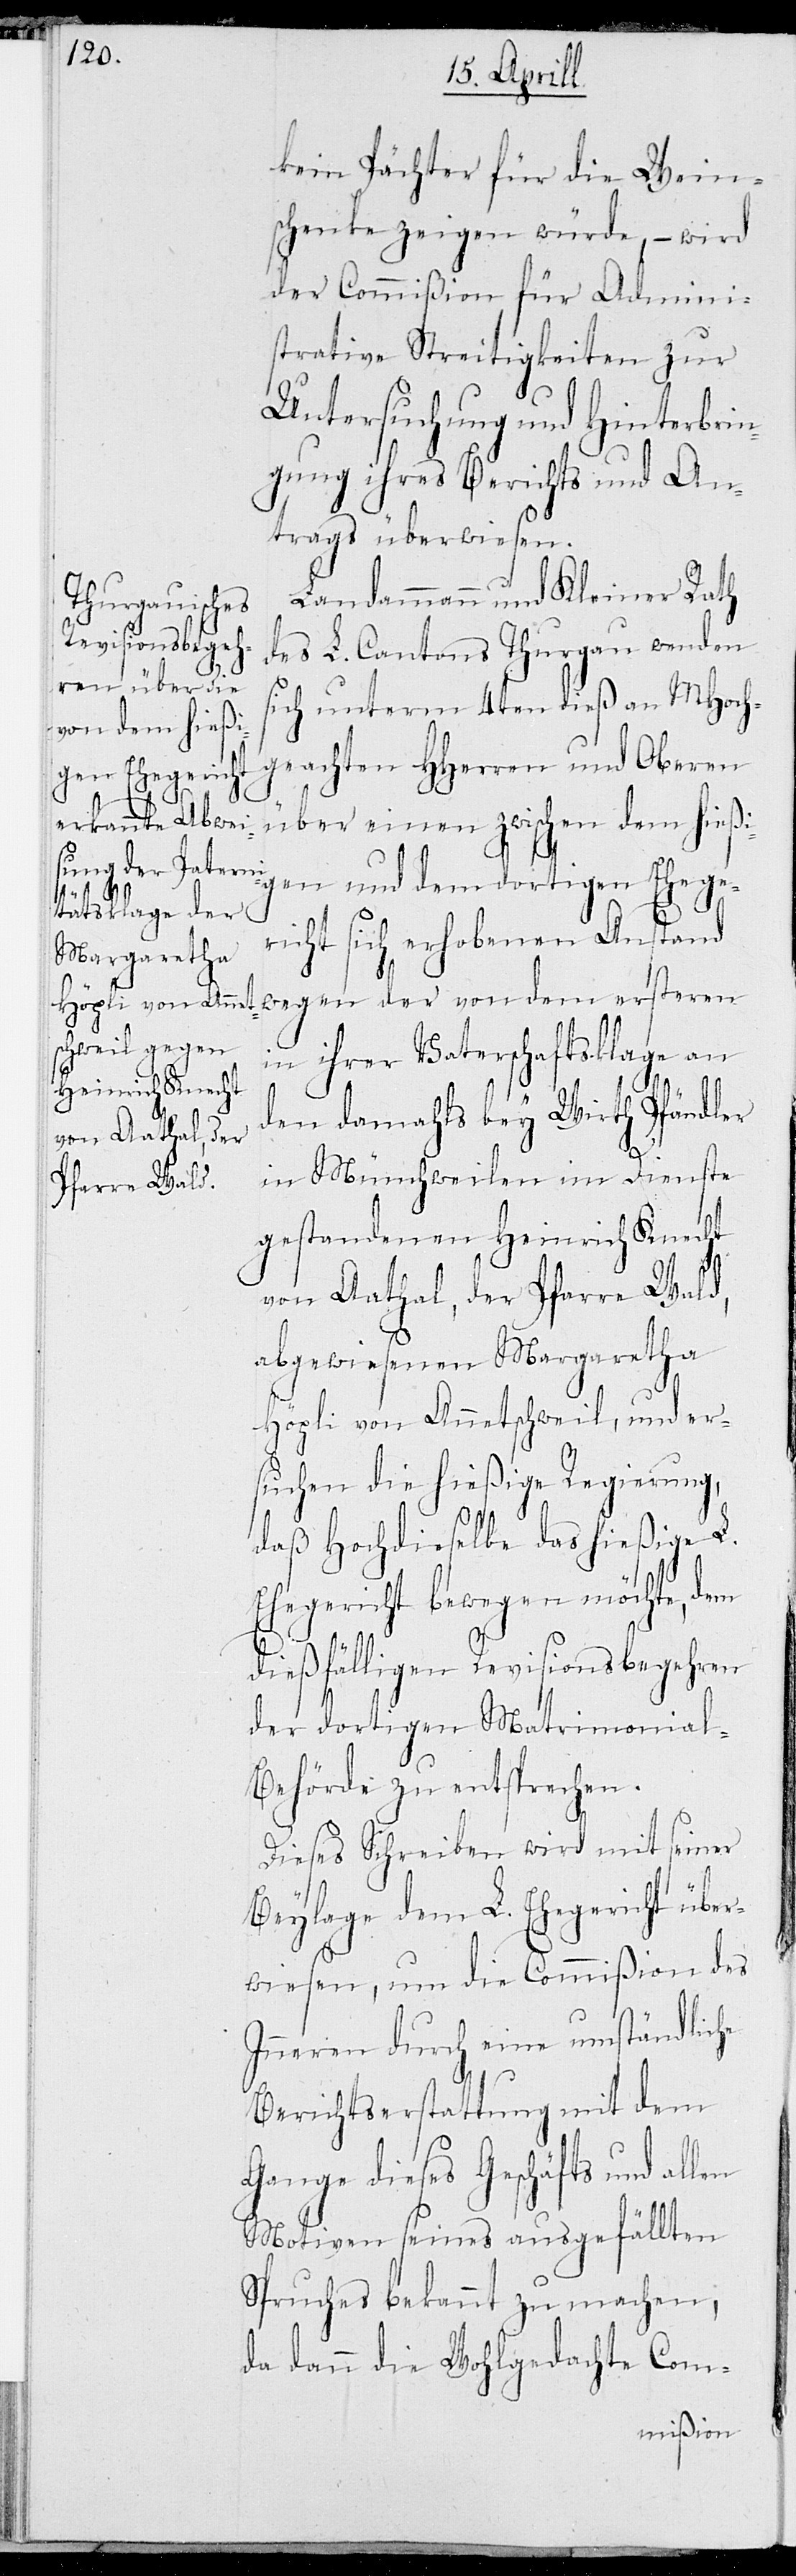
len

kein Pächter für die Wein¬
schenke zeigen würde, – wird
der Commißion für Admini¬
strative Streitigkeiten zur
Untersuchung und Hinterbrin¬
gung ihres Berichts und An¬
trags überwiesen.
Landamman und Kleiner Rath
des L. Cantons Thurgau wenden
sich unterm 4ten dieß an MHoch¬
geachten HHerren und Oberen
über einen zwischen dem hießi¬
gen und dem dortigen Ehege¬
richt sich erhobenen Anstand
wegen der von dem ersteren
in ihrer Vaterschaftsklage an
den damahls bey Wirth Pfändler
in Münchweilen im Dienste
gestandenen Heinrich Knecht
von Aathal, der Pfarre Wald,
abgewiesenen Margaretha
Höpli von Annetschweil, und er¬
suchen die hießige Regierung,
daß Hochdieselbe das hießige L.
Ehegericht bewegen möchte, dem
dießfälligen Revisionsbegehren
der dortigen Matrimonial-B¬
ehörde zu entsprechen.
Dieses Schreiben wird mit seiner
Beylage dem L. Ehegericht übe¬
rwiesen, um die Commißion des
Inneren durch eine umständliche
Berichtserstattung mit dem
Gange dieses Geschäfts und al¬
Motiven seines ausgefällten
Spruches bekannt zu machen,
da dann die Wohlgedachte Com-